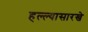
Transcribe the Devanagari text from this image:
हल्ल्यासारखे